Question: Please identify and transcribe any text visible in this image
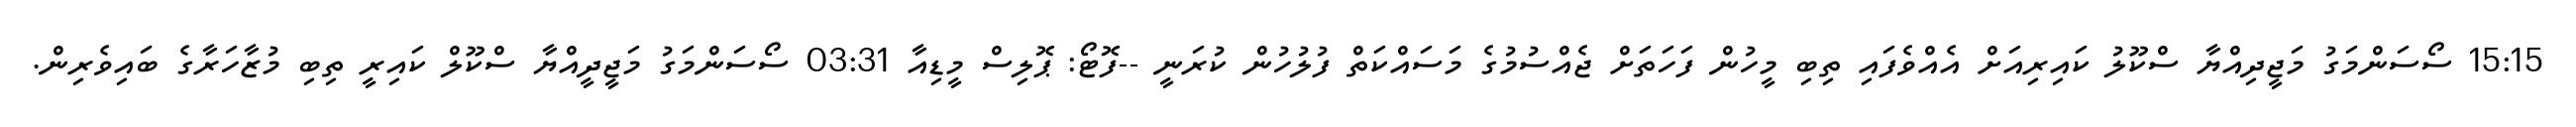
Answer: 15:15 ސޯސަންމަގު މަޖީދިއްޔާ ސްކޫލު ކައިރިއަށް އެއްވެފައި ތިބި މީހުން ފަހަތަށް ޖެއްސުމުގެ މަސައްކަތް ފުލުހުން ކުރަނީ --ފޮޓޯ: ޕޮލިސް މީޑިއާ 03:31 ސޯސަންމަގު މަޖީދީއްޔާ ސްކޫލް ކައިރީ ތިބި މުޒާހަރާގެ ބައިވެރިން.